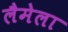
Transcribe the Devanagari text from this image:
लैमेला